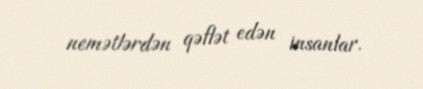
nemətlərdən qəflət edən insanlar.